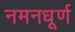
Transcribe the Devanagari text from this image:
नमनधूर्ण